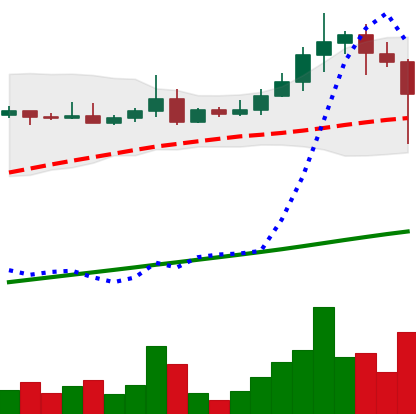
Ticker: ADA-USD
Chart end date: 2021-04-18
Forward return: -9.392%
Label: down_7plus